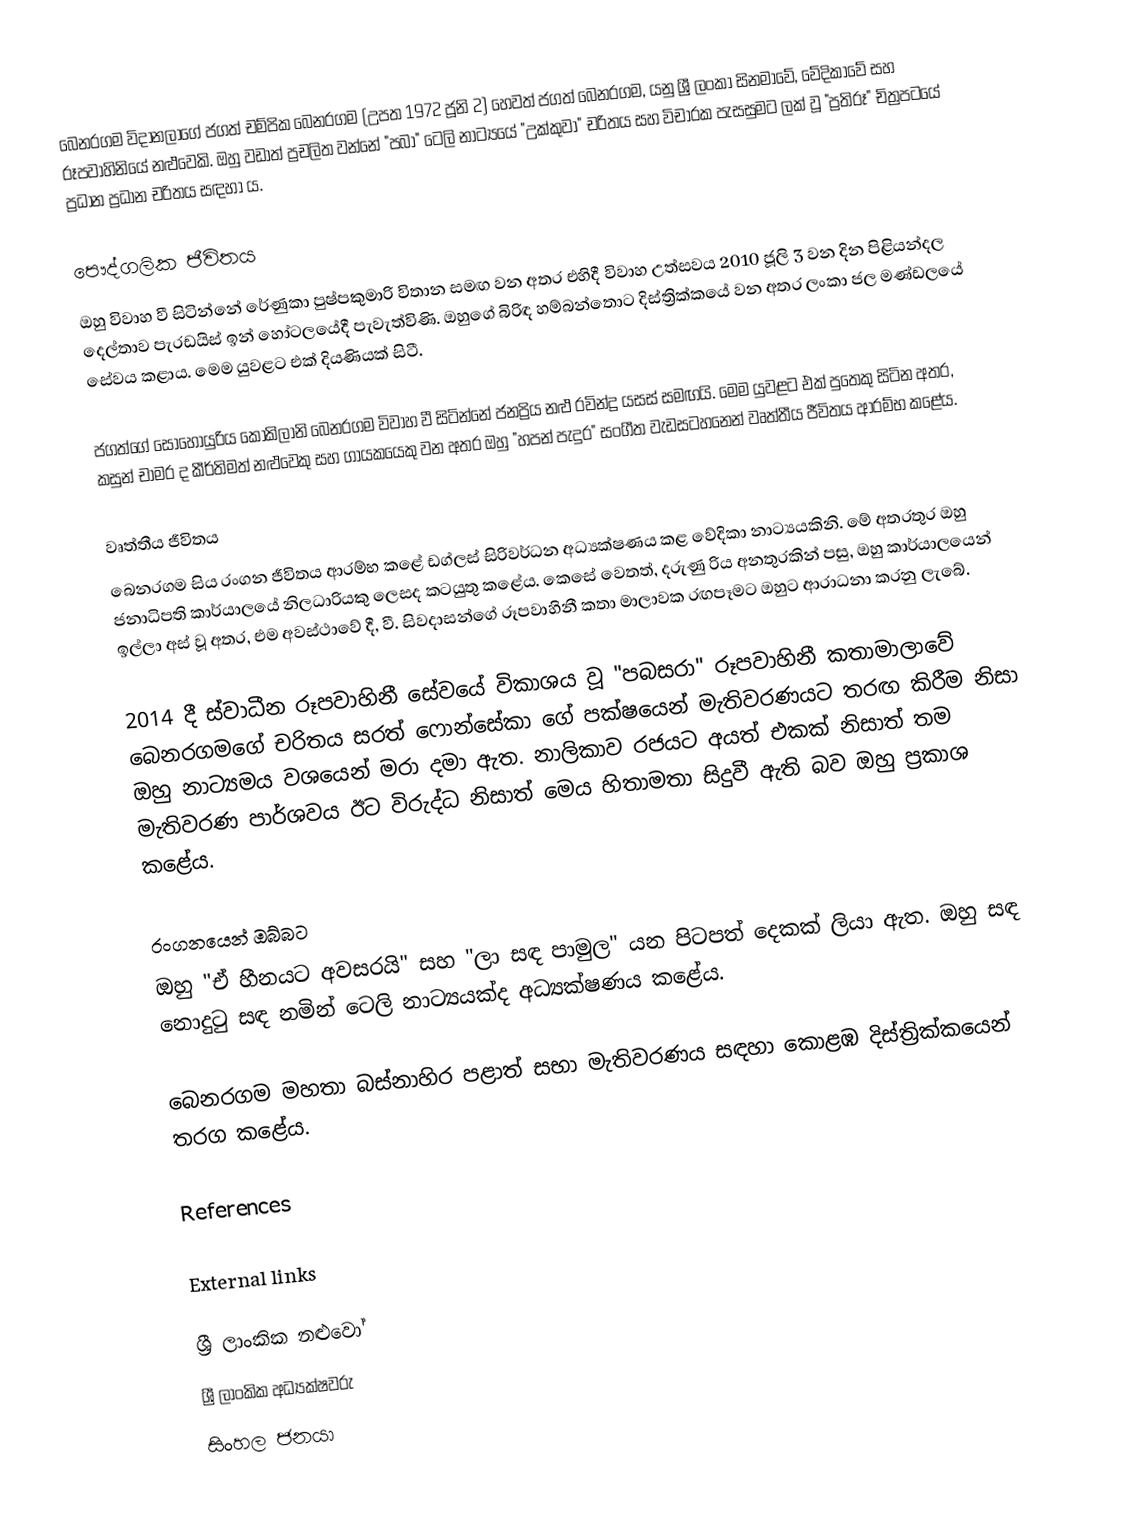
බෙනරගම විදානලාගේ ජගත් චම්පික බෙනරගම (උපත 1972 ජූනි 2) හෙවත් ජගත් බෙනරගම, යනු ශ්‍රී ලංකා සිනමාවේ, වේදිකාවේ සහ රූපවාහිනියේ නළුවෙකි. ඔහු වඩාත් ප්‍රචලිත වන්නේ "පබා" ටෙලි නාට්‍යයේ "උක්කුවා" චරිතය සහ විචාරක පැසසුමට ලක් වූ "ප්‍රතිරූ" චිත්‍රපටයේ ප්‍රධාන ප්‍රධාන චරිතය සඳහා ය.

පෞද්ගලික ජීවිතය
ඔහු විවාහ වී සිටින්නේ රේණුකා පුෂ්පකුමාරි විතාන සමඟ වන අතර එහිදී විවාහ උත්සවය 2010 ජූලි 3 වන දින පිළියන්දල දෙල්තාව පැරඩයිස් ඉන් හෝටලයේදී පැවැත්විණි. ඔහුගේ බිරිඳ හම්බන්තොට දිස්ත්‍රික්කයේ වන අතර ලංකා ජල මණ්ඩලයේ සේවය කළාය. මෙම යුවළට එක් දියණියක් සිටී.

ජගත්ගේ සොහොයුරිය කෝකිලානි බෙනරගම විවාහ වී සිටින්නේ ජනප්‍රිය නළු රවින්ද්‍ර යසස් සමඟයි. මෙම යුවළට එක් පුතෙකු සිටින අතර, කසුන් චාමර ද කීර්තිමත් නළුවෙකු සහ ගායකයෙකු වන අතර ඔහු "හපන් පැදුර" සංගීත වැඩසටහනෙන් වෘත්තීය ජීවිතය ආරම්භ කළේය.

වෘත්තීය ජීවිතය
බෙනරගම සිය රංගන ජීවිතය ආරම්භ කළේ ඩග්ලස් සිරිවර්ධන අධ්‍යක්ෂණය කළ වේදිකා නාට්‍යයකිනි. මේ අතරතුර ඔහු ජනාධිපති කාර්යාලයේ නිලධාරියකු ලෙසද කටයුතු කළේය. කෙසේ වෙතත්, දරුණු රිය අනතුරකින් පසු, ඔහු කාර්යාලයෙන් ඉල්ලා අස් වූ අතර, එම අවස්ථාවේ දී, වී. සිවදාසන්ගේ රූපවාහිනී කතා මාලාවක රඟපෑමට ඔහුට ආරාධනා කරනු ලැබේ.

2014 දී ස්වාධීන රූපවාහිනී සේවයේ විකාශය වූ "පබසරා" රූපවාහිනී කතාමාලාවේ බෙනරගමගේ චරිතය සරත් ෆොන්සේකා ගේ පක්ෂයෙන් මැතිවරණයට තරඟ කිරීම නිසා ඔහු නාට්‍යමය වශයෙන් මරා දමා ඇත. නාලිකාව රජයට අයත් එකක් නිසාත් තම මැතිවරණ පාර්ශවය ඊට විරුද්ධ නිසාත් මෙය හිතාමතා සිදුවී ඇති බව ඔහු ප්‍රකාශ කළේය.

රංගනයෙන් ඔබ්බට
ඔහු "ඒ හීනයට අවසරයි" සහ "ලා සඳ පාමුල" යන පිටපත් දෙකක් ලියා ඇත. ඔහු සඳ නොදුටු සඳ නමින් ටෙලි නාට්‍යයක්ද අධ්‍යක්ෂණය කළේය.

බෙනරගම මහතා බස්නාහිර පළාත් සභා මැතිවරණය සඳහා කොළඹ දිස්ත්‍රික්කයෙන් තරග කළේය.

References

External links

ශ්‍රී ලාංකික නළුවෝ
ශ්‍රී ලාංකික අධ්‍යක්ෂවරු
සිංහල ජනයා